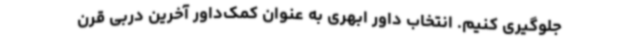
جلوگیری کنیم. انتخاب داور ابهری به ‌عنوان کمک‌داور آخرین دربی قرن